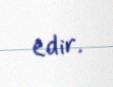
edir.